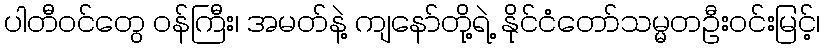
ပါတီဝင်တွေ ဝန်ကြီး၊ အမတ်နဲ့ ကျနော်တို့ရဲ့ နိုင်ငံတော်သမ္မတဦးဝင်းမြင့်၊